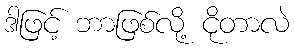
ဒါဖြင့် ဘာဖြစ်လို့ ငိုတာလဲ